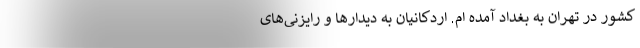
کشور در تهران به بغداد آمده ام. اردکانیان به دیدارها و رایزنی‌های